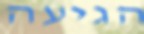
הגיעה